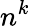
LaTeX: n^{k}